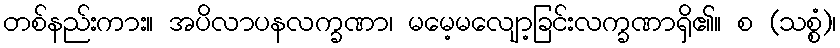
တစ်နည်းကား။ အပိလာပနလက္ခဏာ၊ မမေ့မလျော့ခြင်းလက္ခဏာရှိ၏။ စ (သစ္စံ)၊